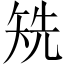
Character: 𥏌